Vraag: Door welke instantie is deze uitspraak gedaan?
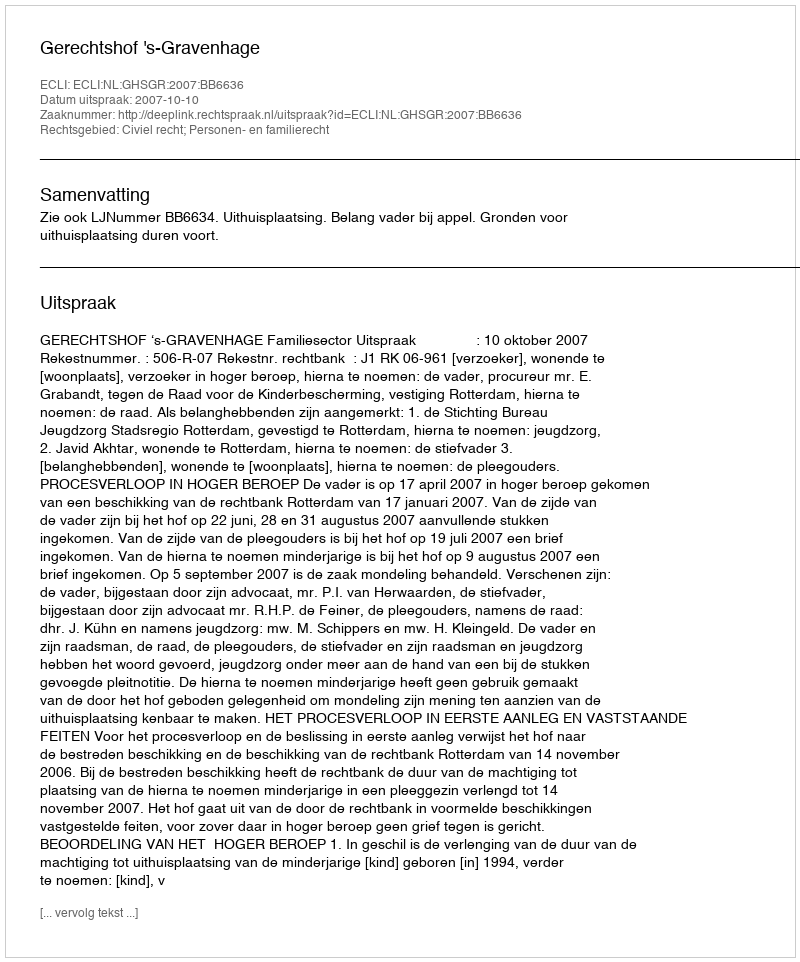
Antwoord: Gerechtshof 's-Gravenhage